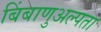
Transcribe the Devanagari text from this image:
बिंबाणुअल्पता